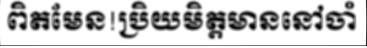
ពិតមែន!ប្រិយមិត្តមាននៅចាំ